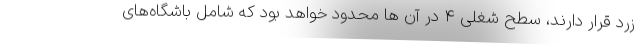
زرد قرار دارند، سطح شغلی ۴ در آن ها محدود خواهد بود که شامل باشگاه‌های